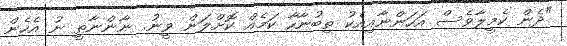
"ދެން ކެމީލާވެސް އަހަންނާއިއެކު ތިބުނާހާ ކަމެއް ކޮށްލަން ވީނު. ނާންނާތީ ނު އެހެން